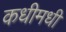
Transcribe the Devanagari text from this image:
कधीमधी